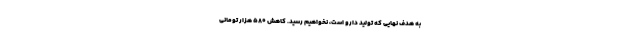
به هدف نهایی که تولید دارو است، نخواهیم رسید. کاهش ۵۸۰ هزار تومانی